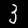
Digit: 3